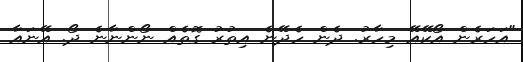
"އަހަރެން އޯކޭއޭ މިހާރު. ދެން ހެދޭނެ އިތުރު ގޮތެއް ނޯންނާނެ ދޯ. އޭނައާ